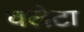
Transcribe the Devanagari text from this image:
वलेटा